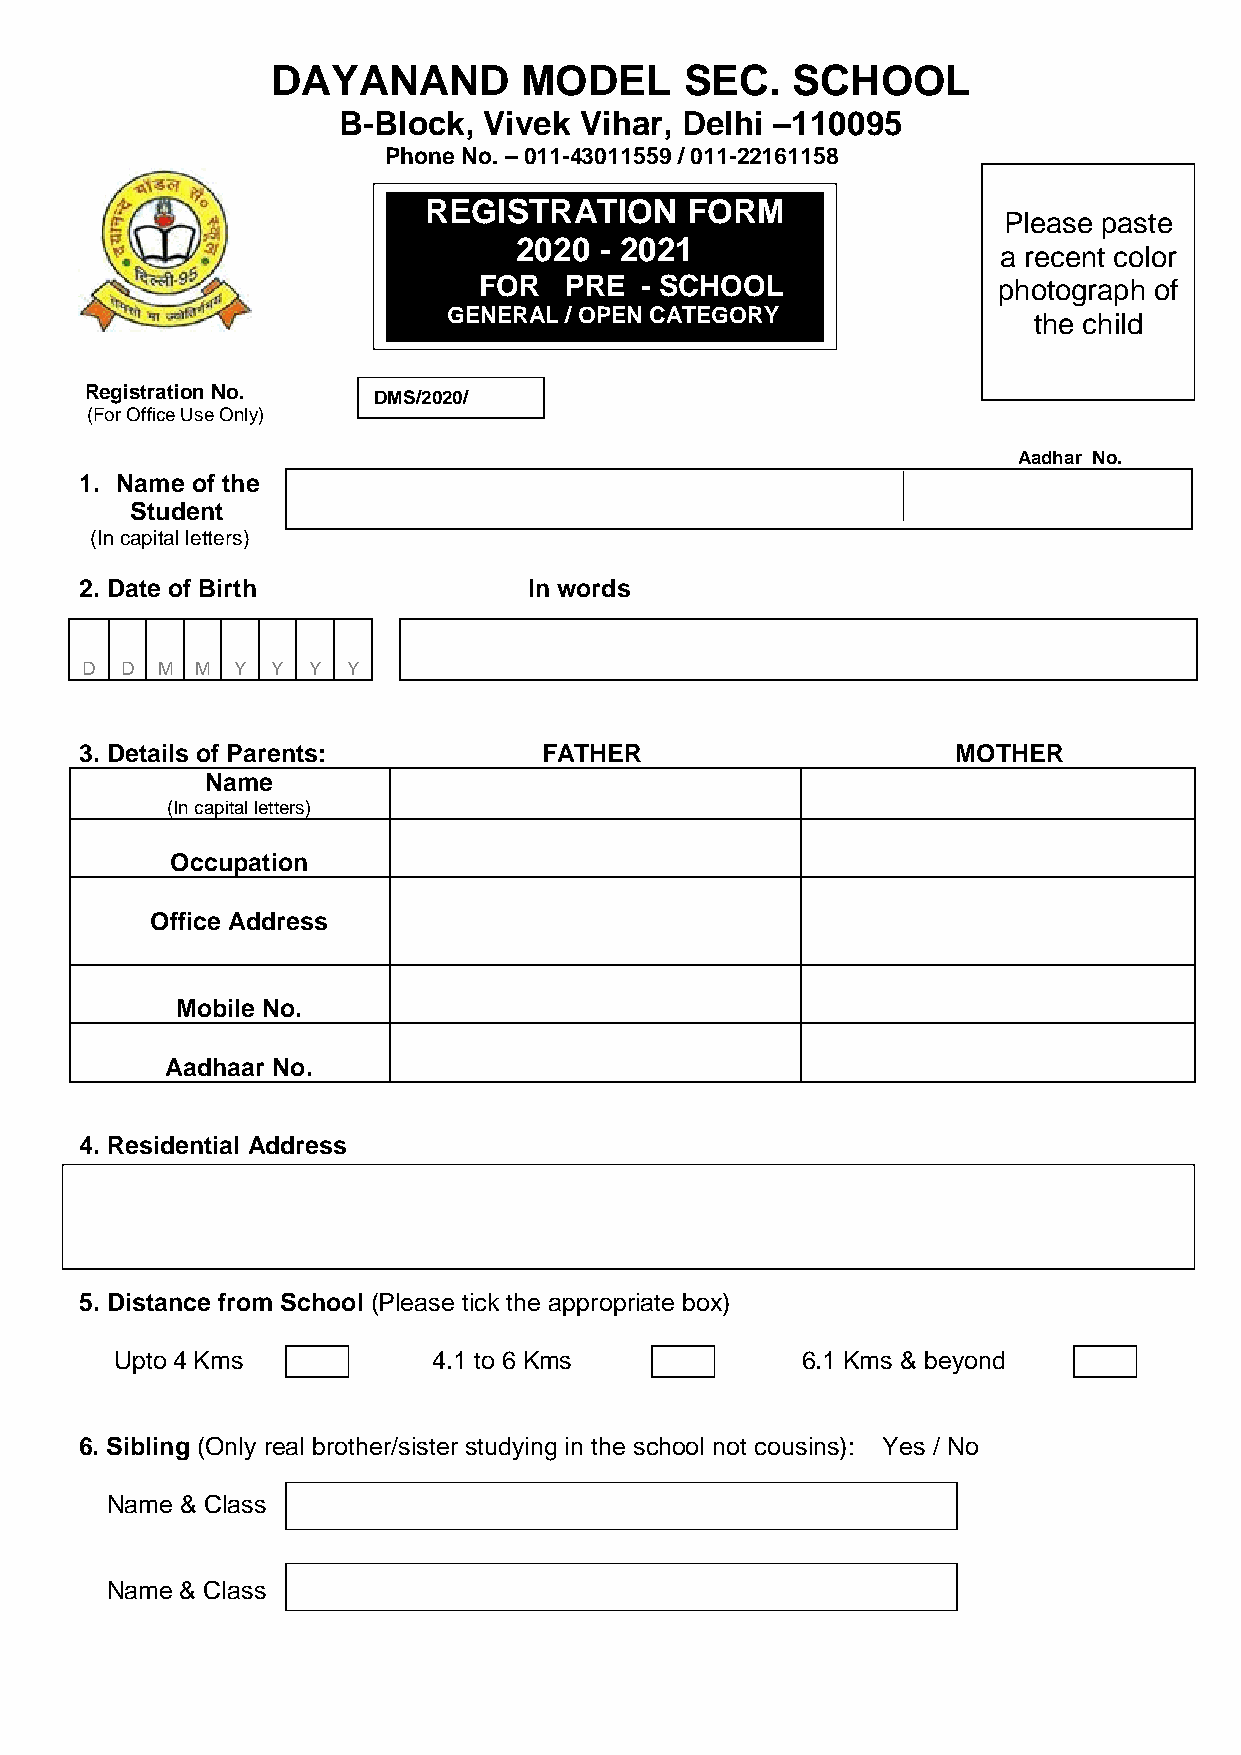
DAYANAND         MODEL     SEC.   SCHOOL
 B-Block,  Vivek Vihar, Delhi –110095
 Phone No. – 011-43011559 / 011-22161158
 REGISTRATION     FORM
 Please paste
 2020  - 2021
 a recent color
 FOR  PRE  - SCHOOL                photograph of
 GENERAL / OPEN CATEGORY               the child
 Registration No.
 DMS/2020/
 4
 (For Office Use Only)
 Aadhar No.
 1. Name of the
 Student
 (In capital letters)
 2. Date of Birth              In words
 D  D M  M Y  Y Y  Y
 3. Details of Parents:         FATHER                     MOTHER
 Name
 (In capital letters)
 Occupation
 Office Address
 Mobile No.
 Aadhaar No.
 4. Residential Address
 5. Distance from School (Please tick the appropriate box)
 Upto 4 Kms           4.1 to 6 Kms            6.1 Kms & beyond
 6. Sibling (Only real brother/sister studying in the school not cousins): Yes / No
 Name & Class
 Name & Class